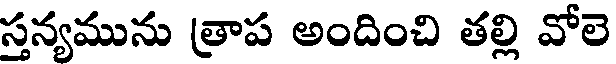
స్తన్యమును త్రాప అందించి తల్లి వోలె